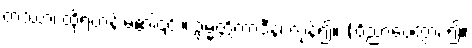
တဿာ၊ ထိုရဟန်းမ၏၎င်း။ ဥမ္မတ္တိကာဒီနံ၊ ကုန်၍။ (ဝိညာပေတွာ၊ ၍။